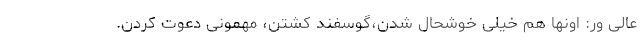
عالی ور: اونها هم خیلی خوشحال شدن،گوسفند کشتن، مهمونی دعوت کردن.